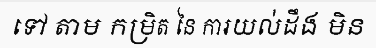
ទៅ តាម កម្រិត នៃ ការយល់ដឹង មិន